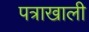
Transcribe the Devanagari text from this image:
पत्राखाली